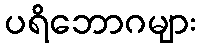
ပရိဘောဂများ